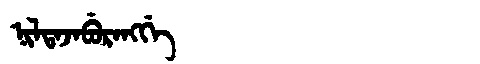
Manchu: ᠨᡳᠯᡨᠠᠵᠠᠪᡠᡵᠠᠩᡤᡝ
Romanization: NILTAJABURANGGE